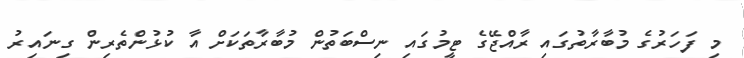
މި ފަހަރުގެ މުބާރާތުގައި ރާއްޖޭގެ ޓީމުގައި ނިސްބަތުން މުބާރާތަަކަށް އާ ކުޅުންތެރިން ގިނައިރު